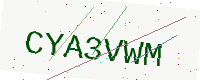
Text: CYA3VWM